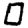
Digit: 0